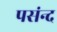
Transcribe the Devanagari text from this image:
पसंन्द